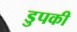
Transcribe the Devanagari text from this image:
डुपकी